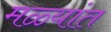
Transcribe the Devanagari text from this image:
मळ्यांत